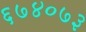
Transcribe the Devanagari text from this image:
६७४०७३